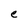
Character: e